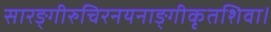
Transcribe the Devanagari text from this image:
सारङ्गीरुचिरनयनाङ्गीकृतशिवा।